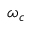
\omega _ { c }